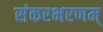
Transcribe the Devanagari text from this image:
संकरभरणम्